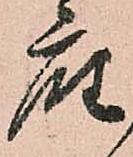
座